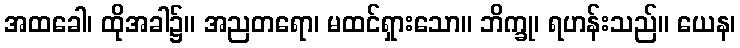
အထခေါ၊ ထိုအခါ၌။ အညတရော၊ မထင်ရှားသော။ ဘိက္ခု၊ ရဟန်းသည်။ ယေန၊